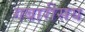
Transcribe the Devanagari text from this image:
गबारीसय